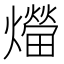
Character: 𤑝